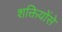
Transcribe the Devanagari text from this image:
शक्तियोंसे